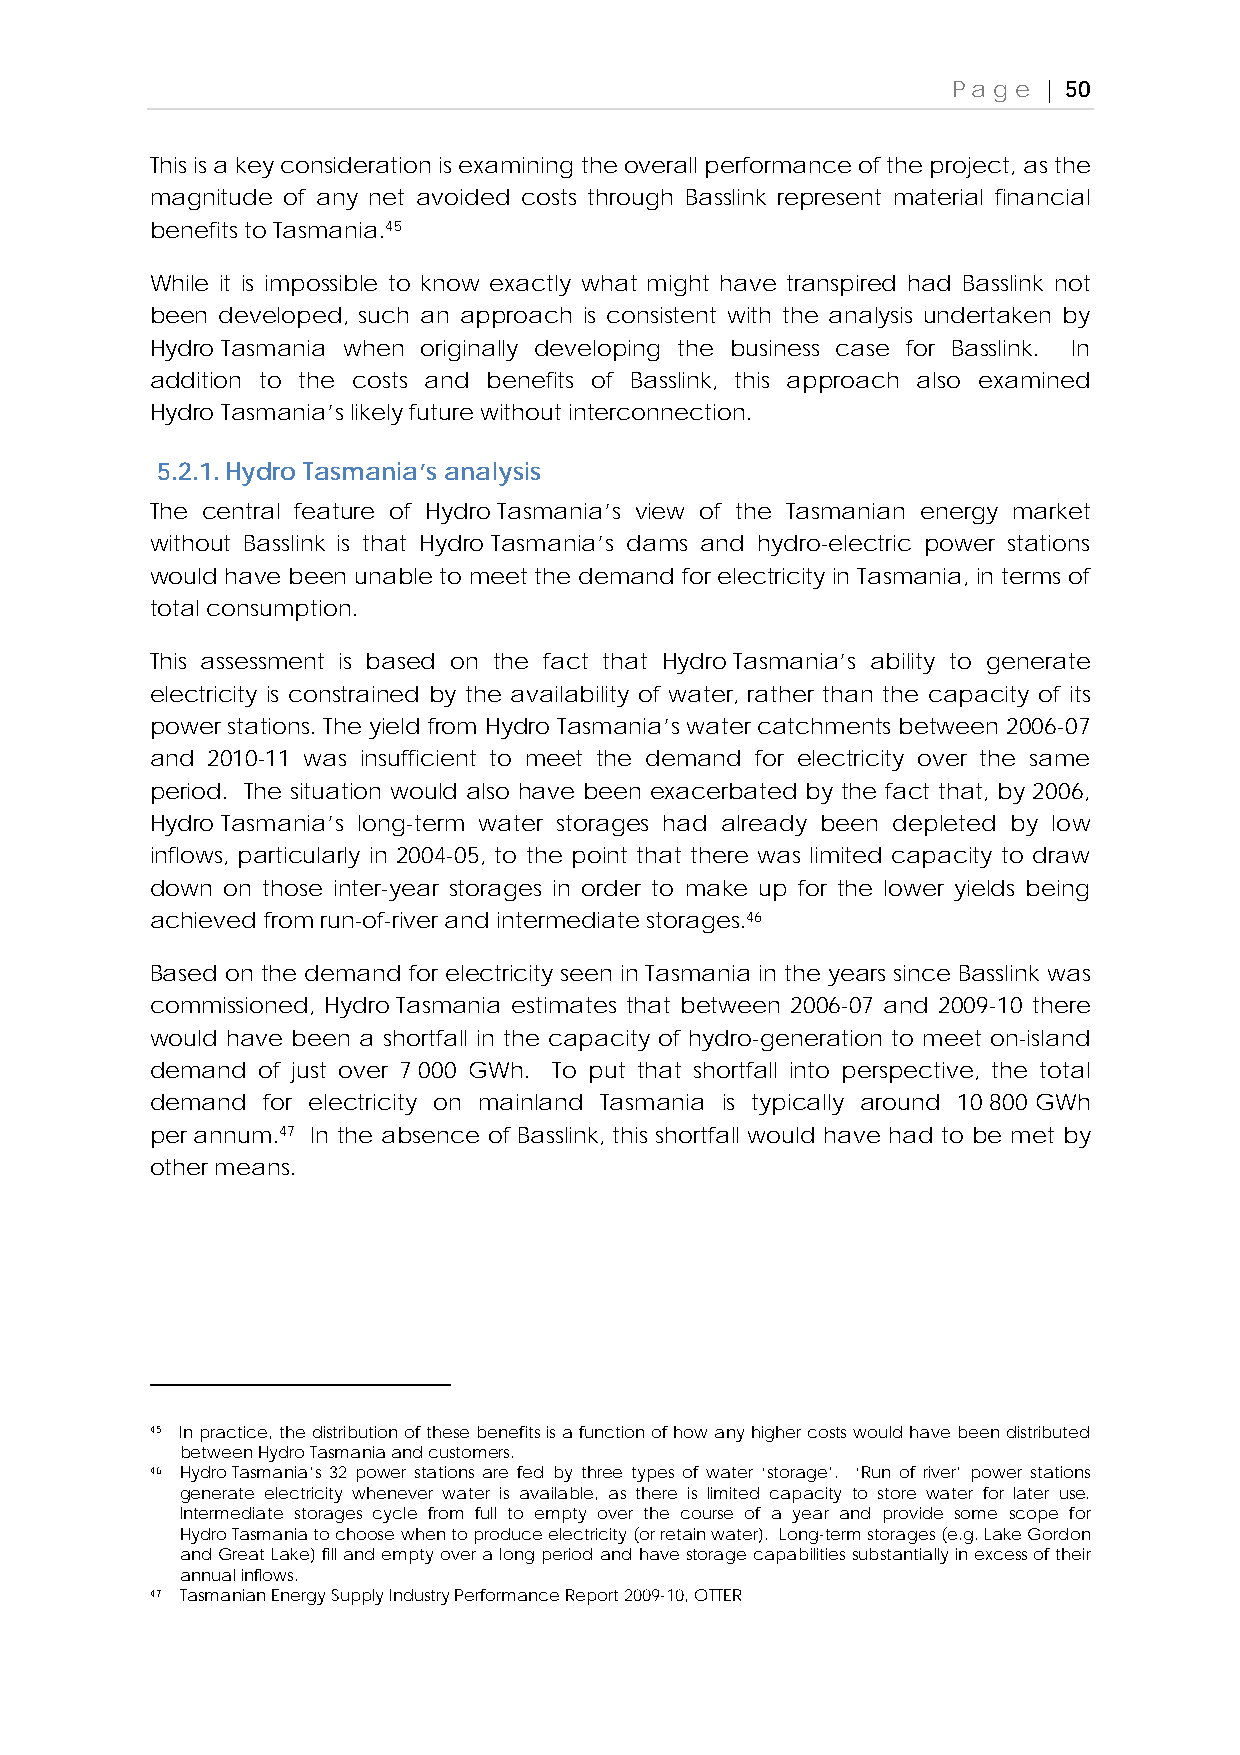
Page  | 50
 This is a key consideration is examining the overall performance of the project, as the
 magnitude of any net avoided costs through Basslink represent material financial
 benefits to Tasmania.45
 While it is impossible to know exactly what might have transpired had Basslink not
 been developed, such an approach is consistent with the analysis undertaken by
 Hydro Tasmania when originally developing the business case for Basslink. In
 addition to the costs and benefits of Basslink, this approach also examined
 Hydro Tasmania’s likely future without interconnection.
 5.2.1. Hydro Tasmania’s analysis
 The central feature of Hydro Tasmania’s view of the Tasmanian energy market
 without Basslink is that Hydro Tasmania’s dams and hydro-electric power stations
 would have been unable to meet the demand for electricity in Tasmania, in terms of
 total consumption.
 This assessment is based on the fact that Hydro Tasmania’s ability to generate
 electricity is constrained by the availability of water, rather than the capacity of its
 power stations. The yield from Hydro Tasmania’s water catchments between 2006-07
 and 2010-11 was insufficient to meet the demand for electricity over the same
 period. The situation would also have been exacerbated by the fact that, by 2006,
 Hydro Tasmania’s long-term water storages had already been depleted by low
 inflows, particularly in 2004-05, to the point that there was limited capacity to draw
 down on those inter-year storages in order to make up for the lower yields being
 achieved from run-of-river and intermediate storages.46
 Based on the demand for electricity seen in Tasmania in the years since Basslink was
 commissioned, Hydro Tasmania estimates that between 2006-07 and 2009-10 there
 would have been a shortfall in the capacity of hydro-generation to meet on-island
 demand of just over 7 000 GWh. To put that shortfall into perspective, the total
 demand for electricity on mainland Tasmania is typically around 10 800 GWh
 per annum.47 In the absence of Basslink, this shortfall would have had to be met by
 other means.
 45 In practice, the distribution of these benefits is a function of how any higher costs would have been distributed
 between Hydro Tasmania and customers.
 46 Hydro Tasmania’s 32 power stations are fed by three types of water ‘storage’. ‘Run of river’ power stations
 generate electricity whenever water is available, as there is limited capacity to store water for later use.
 Intermediate storages cycle from full to empty over the course of a year and provide some scope for
 Hydro Tasmania to choose when to produce electricity (or retain water). Long-term storages (e.g. Lake Gordon
 and Great Lake) fill and empty over a long period and have storage capabilities substantially in excess of their
 annual inflows.
 47 Tasmanian Energy Supply Industry Performance Report 2009-10, OTTER